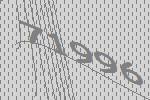
71996